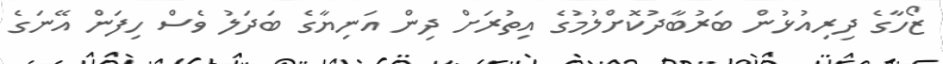
ޒޯހާގެ ދިރިއުޅުން ބަރުބާދުކޮށްލުމުގެ އިތުރަށް ދިން އަނިޔާގެ ބަދަލު ވެސް ހިފަން އޭނަގެ